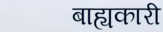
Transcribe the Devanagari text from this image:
बाह्यकारी